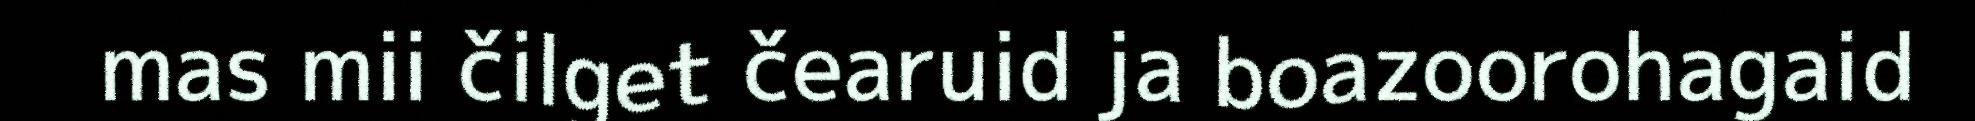
mas mii čilget čearuid ja boazoorohagaid